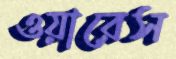
ওয়ারেস